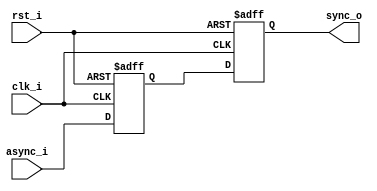
module dvi_resync
//-----------------------------------------------------------------
// Params
//-----------------------------------------------------------------
#(
    parameter RESET_VAL = 1'b0
)
//-----------------------------------------------------------------
// Ports
//-----------------------------------------------------------------
(
    input  clk_i,
    input  rst_i,
    input  async_i,
    output sync_o
);

(* ASYNC_REG = "TRUE" *) reg sync_ms;
(* ASYNC_REG = "TRUE" *) reg sync_q;

always @ (posedge clk_i or posedge rst_i)
if (rst_i)
begin
    sync_ms  <= RESET_VAL;
    sync_q   <= RESET_VAL;
end
else
begin
    sync_ms  <= async_i;
    sync_q   <= sync_ms;
end

assign sync_o = sync_q;

endmodule